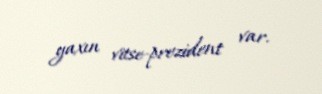
yaxın vitse-prezident var.